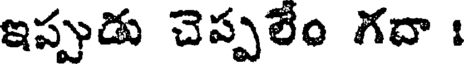
ఇప్పుడు చెప్పలేం గదా :